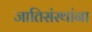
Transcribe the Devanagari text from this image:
जातिसंस्थांना